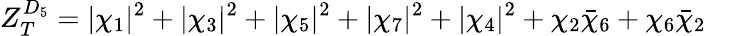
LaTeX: Z_{T}^{D_{5}}=|\chi_{1}|^{2}+|\chi_{3}|^{2}+|\chi_{5}|^{2}+|\chi_{7}|^{2}+|\chi_{4}|^{2}+\chi_{2}{\bar{\chi}_{6}}+\chi_{6}{\bar{\chi}_{2}}\quad